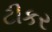
ટીકર